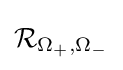
{\mathcal {R}}_{\Omega _{+},\Omega _{-}}